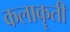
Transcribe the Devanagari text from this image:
कलाकॄती